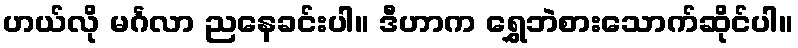
ဟယ်လို မင်္ဂလာ ညနေခင်းပါ။ ဒီဟာက ရွှေဘဲစားသောက်ဆိုင်ပါ။